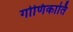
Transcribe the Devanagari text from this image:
गोणिकार्ति